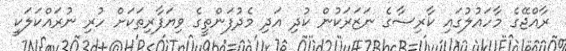
ރާއްޖޭގެ މާހައުލުގައި ކާރިސާގެ ނަޒަރަކުން ކުދި އަދި މެދުފަންތީގެ ވިޔަފާރިތަކަށް ހުރި ނުރައްކަލަކީ